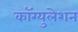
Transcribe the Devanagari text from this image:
कॉग्युलेशन